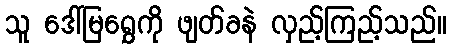
သူ ဒေါ်မြရွှေကို ဖျတ်ခနဲ လှည့်ကြည့်သည်။